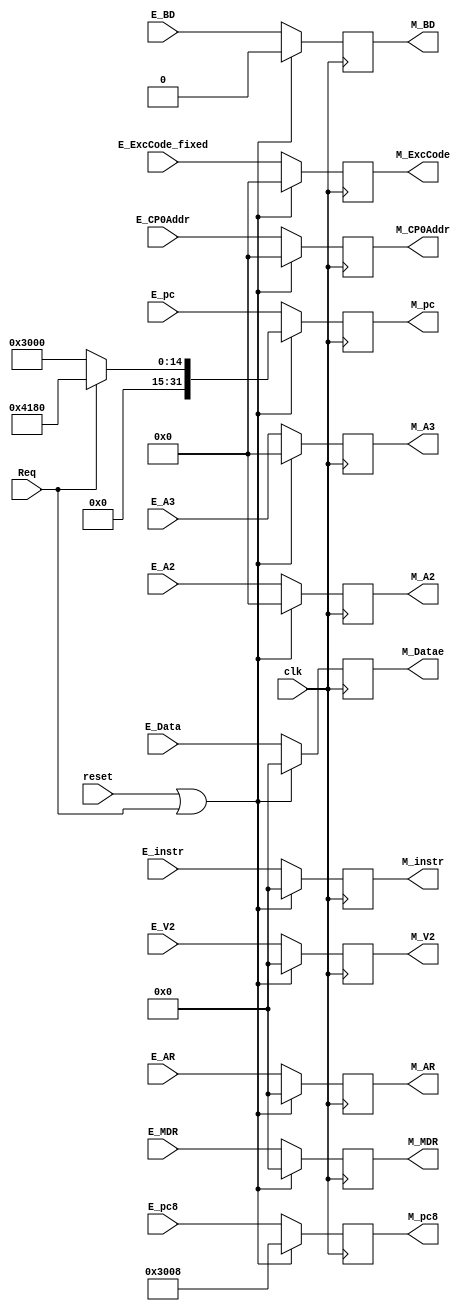
module M_Reg (
    //input
    input clk,
    input reset,
    input [31:0] E_instr,
    input [4:0] E_A2,
    input [4:0] E_A3,
	 input [4:0] E_CP0Addr,
    input [31:0] E_AR,
	 input [31:0] E_MDR,
	 input [31:0] E_Data,
    input [31:0] E_V2,
    input [31:0] E_pc8,
    input [31:0] E_pc,
    input [4:0] E_ExcCode_fixed,
    input E_BD,
    input Req,
    //output
    output [31:0] M_instr,
    output [4:0] M_A2,
    output [4:0] M_A3,
	 output [4:0] M_CP0Addr,
    output [31:0] M_AR,
	 output [31:0] M_MDR,
	 output [31:0] M_Datae,
    output [31:0] M_V2,
    output [31:0] M_pc8,
    output [31:0] M_pc,
    output [4:0] M_ExcCode,
    output M_BD
);

//temp
reg [31:0] M_instr_reg,M_AR_reg,M_MDR_reg,M_V2_reg,M_pc8_reg,M_pc_reg,M_Datae_reg ;
reg [4:0] M_A2_reg,M_A3_reg,M_ExcCode_reg,M_CP0Addr_reg;
reg M_BD_reg;

always @(posedge clk ) begin
    if (reset || Req) begin
        M_instr_reg <= 32'h0000_0000;
        M_A2_reg <= 5'b00000;
        M_A3_reg <= 5'b00000;
        M_AR_reg <= 32'h0000_0000;
		  M_MDR_reg <= 32'h0000_0000;
		  M_Datae_reg <= 32'h0000_0000;
        M_V2_reg <= 32'h0000_0000;
        M_pc8_reg <= 32'h0000_3008;
        M_pc_reg <= (Req) ? 32'h0000_4180 : 32'h0000_3000;
        M_ExcCode_reg <= 5'b00000;
        M_BD_reg <= 1'b0;
		  M_CP0Addr_reg <= 5'b00000;
    end
    else begin
        M_instr_reg <= E_instr;
        M_AR_reg <= E_AR;
		  M_MDR_reg <= E_MDR;
		  M_Datae_reg <= E_Data;
        M_A3_reg <= E_A3;
        M_A2_reg <= E_A2;
        M_V2_reg <= E_V2;
        M_pc8_reg <= E_pc8;
        M_pc_reg <= E_pc;
        M_ExcCode_reg <= E_ExcCode_fixed;
        M_BD_reg <= E_BD;
		  M_CP0Addr_reg <= E_CP0Addr;
    end
end

assign M_instr = M_instr_reg;
assign M_A2 = M_A2_reg;
assign M_A3 = M_A3_reg;
assign M_AR = M_AR_reg;
assign M_MDR = M_MDR_reg;
assign M_Datae = M_Datae_reg;
assign M_V2 = M_V2_reg;
assign M_pc8 = M_pc8_reg;
assign M_pc = M_pc_reg; 
assign M_ExcCode = M_ExcCode_reg;
assign M_BD = M_BD_reg;
assign M_CP0Addr = M_CP0Addr_reg;

endmodule